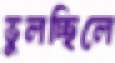
ভুলচ্ছিলে